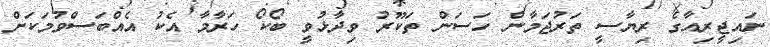
ނައިޖީރިއާގެ ރިޔާސީ ތަރުޖަމާން ހަސަން ތަކޫރު ވިދާޅުވީ ބޯކޯ ހަރާމާ އެކު އެއްބަސްވުމަކަށް